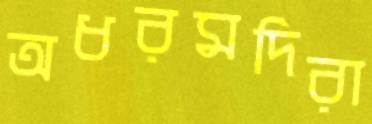
অধরমদিরা